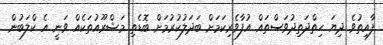
ފާއިތުވެ ދިޔަ ހިތްދަތިދުވަސްތައް އުފާވެރިކަމަށް ބަދަލުކުރުމަށް ބޮޑެތި މަޝްރޫއުތަކެއް ވަނީ އެ ކްލަބުން